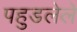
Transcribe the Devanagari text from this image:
पहुडलेले